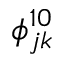
\phi _ { j k } ^ { 1 0 }